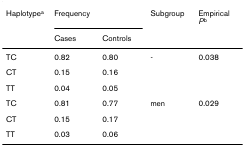
| Haplotypea | <COLSPAN=2> Frequency | Subgroup | Empirical Pb |
 |  | Cases | Controls |  |  |
 | --- | --- | --- | --- | --- |
 | TC | 0.82 | 0.80 | - | 0.038 |
 | CT | 0.15 | 0.16 |  |  |
 | TT | 0.04 | 0.05 |  |  |
 | TC | 0.81 | 0.77 | men | 0.029 |
 | CT | 0.15 | 0.17 |  |  |
 | TT | 0.03 | 0.06 |  |  |